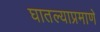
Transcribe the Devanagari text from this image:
घातल्याप्रमाणे